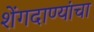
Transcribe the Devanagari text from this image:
शेंगदाण्यांचा